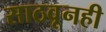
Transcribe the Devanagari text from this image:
साठवूनही